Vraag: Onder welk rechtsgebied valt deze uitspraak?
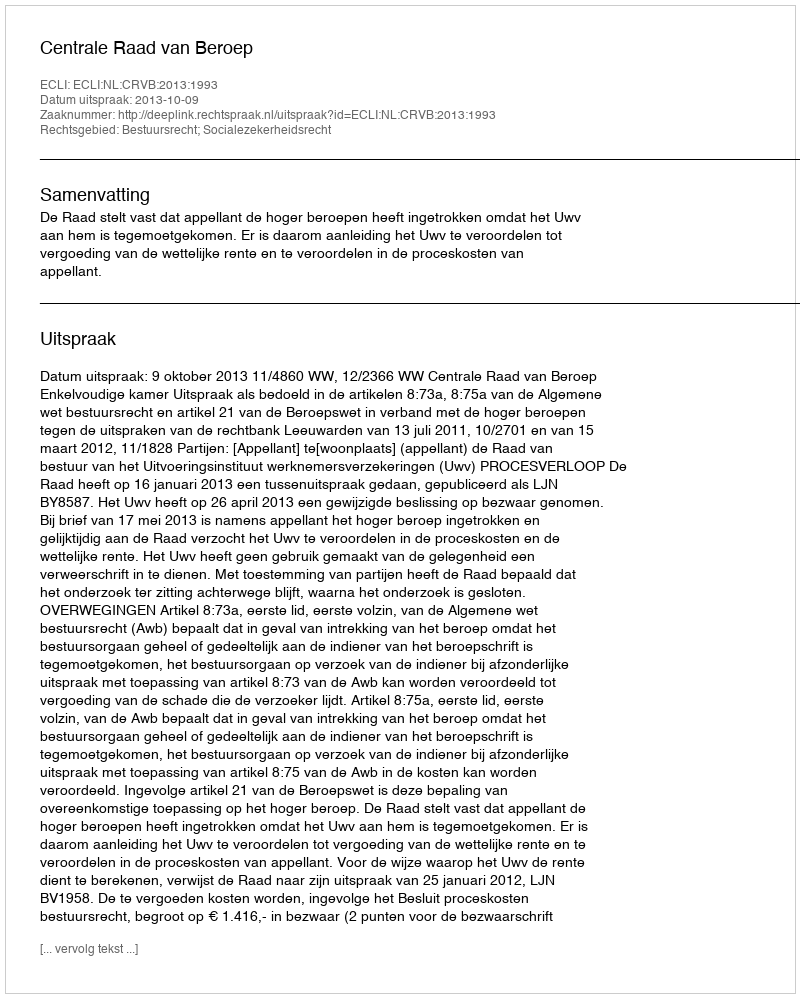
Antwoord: Bestuursrecht; Socialezekerheidsrecht